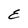
Character: E